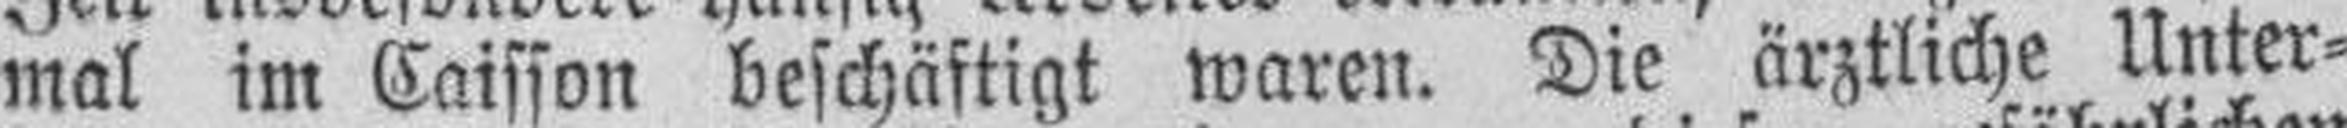
mal im Caisson beschäftigt waren. Die ärztliche Unter¬